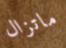
ماتزال